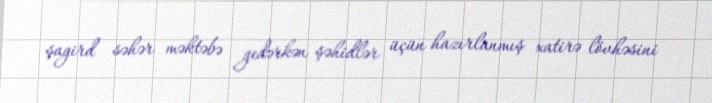
şagird səhər məktəbə gedərkən şəhidlər üçün hazırlanmış xatirə lövhəsini